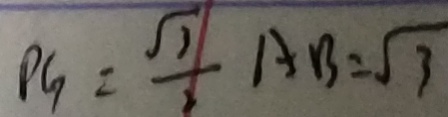
P G = \frac { \sqrt { 3 } } { 2 } A B = \sqrt { 3 }